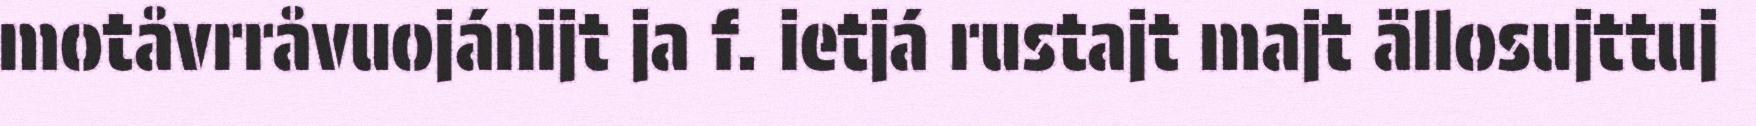
motåvrråvuojánijt ja f. ietjá rustajt majt ällosujttuj